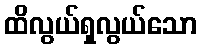
ထိလွယ်ရှလွယ်သော